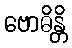
ဗောဓိန္တိ